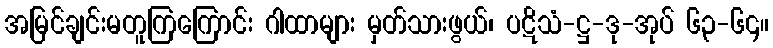
အမြင်ချင်းမတူကြကြောင်း ဂါထာများ မှတ်သားဖွယ်၊ ပဋိသံ-ဋ္ဌ-ဒု-အုပ် ၆၃-၆၄။